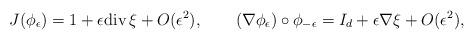
LaTeX: \begin{align*}J(\phi_\epsilon)=1+\epsilon{\rm div}\,\xi+O(\epsilon^2),\qquad(\nabla\phi_\epsilon)\circ\phi_{-\epsilon}=I_d+\epsilon\nabla\xi+O(\epsilon^2),\end{align*}